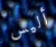
أليس